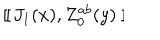
~ [ \kern - 0 . 4 5 e m \llap ~ [ ~ J _ { 1 } ( x ) , Z _ { 0 } ^ { a b } ( y ) ~ ] \kern - 0 . 4 5 e m \llap ~